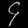
Digit: ၄